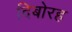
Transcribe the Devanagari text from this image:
दिबोरह